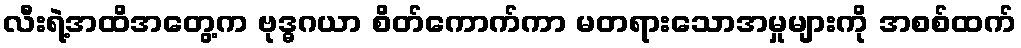
လီးရဲ့အထိအတွေ့က ဗုဒ္ဓဂယာ စိတ်ကောက်ကာ မတရားသောအမှုများကို အစစ်ထက်